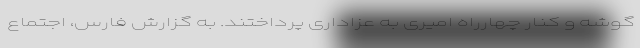
گوشه و کنار چهارراه امیری به عزاداری پرداختند. به گزارش فارس، اجتماع